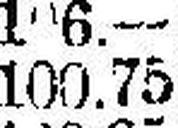
100.75